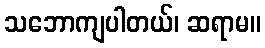
သဘောကျပါတယ်၊ ဆရာမ။